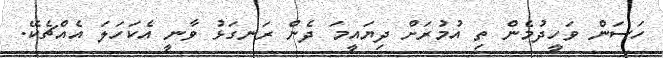
ހަސަން ވަހީދުމެން ތި އުމުރަށް ދިޔައީމަ ދެން ރަނގަޅު ވާނީ އެކަހަލަ އެއްޗެކޭ.